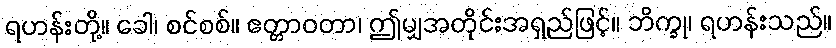
ရဟန်းတို့။ ခေါ၊ စင်စစ်။ ဧတ္တာဝတာ၊ ဤမျှအတိုင်းအရှည်ဖြင့်။ ဘိက္ခု၊ ရဟန်းသည်။